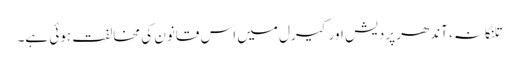
تلنگانہ، آندھر پردیش اور کیرل میں اس قانون کی مخالفت ہوئی ہے۔